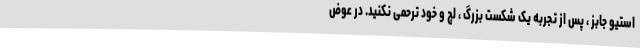
استیو جابز ، پس از تجربه یک شکست بزرگ ، لج و خود ترحمی نکنید. در عوض